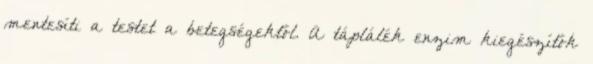
mentesíti a testet a betegségektől. A táplálék enzim kiegészítők